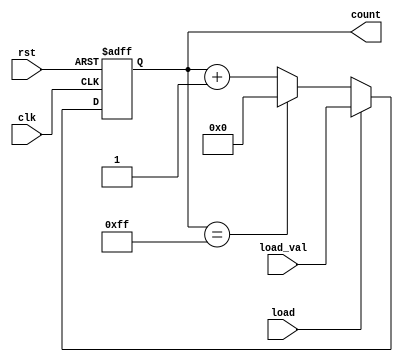
module loadable_counter (
    input wire clk,            // Clock signal
    input wire rst,            // Reset signal (active high)
    input wire load,           // Load signal (active high)
    input wire [7:0] load_val, // Value to load into the counter
    output reg [7:0] count     // Current counter value
);

    // Define the maximum and minimum values for the counter
    parameter MAX_VALUE = 8'd255;
    parameter MIN_VALUE = 8'd0;

    // Synchronous process for counting and loading
    always @(posedge clk or posedge rst) begin
        if (rst) begin
            // Reset the counter to the minimum value
            count <= MIN_VALUE;
        end else if (load) begin
            // Load the counter with the specified load value
            count <= load_val;
        end else begin
            // Increment the counter and wrap around if necessary
            if (count == MAX_VALUE) begin
                count <= MIN_VALUE; // Wrap around to minimum value
            end else begin
                count <= count + 1; // Increment the counter
            end
        end
    end

endmodule